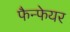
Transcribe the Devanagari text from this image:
फैन्फेयर